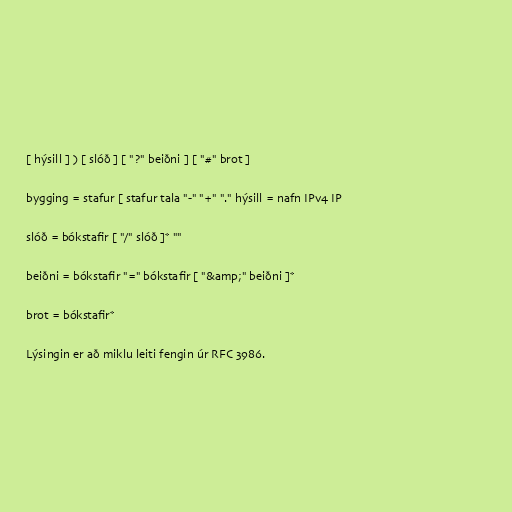
[ hýsill ] ) [ slóð ] [ "?" beiðni ] [ "#" brot ]

bygging = stafur [ stafur tala "-" "+" "." hýsill = nafn IPv4 IP

slóð = bókstafir [ "/" slóð ]* ""

beiðni = bókstafir "=" bókstafir [ "&amp;" beiðni ]*

brot = bókstafir*

Lýsingin er að miklu leiti fengin úr RFC 3986.